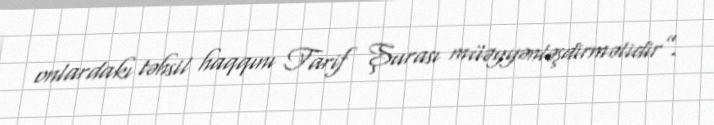
onlardakı təhsil haqqını Tarif Şurası müəyyənləşdirməlidir”.